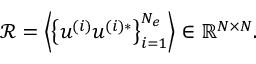
\begin{array} { r } { \mathcal { R } = \left\langle \left\{ \boldsymbol { u } ^ { ( i ) } \boldsymbol { u } ^ { ( i ) * } \right\} _ { i = 1 } ^ { N _ { e } } \right\rangle \in \mathbb { R } ^ { N \times N } . } \end{array}